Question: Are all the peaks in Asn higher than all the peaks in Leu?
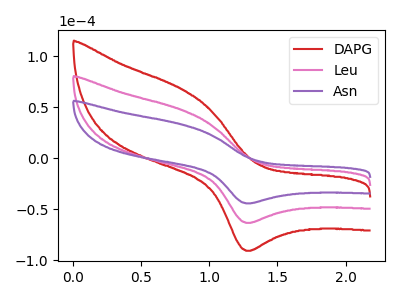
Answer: <think>The red curve "DAPG" has an anodic peak at (0.80V, 93.75uA) and a cathodic peak at (1.30V, -126.95uA). The pink curve "Leu" has an anodic peak at (0.80V, 46.85uA) and a cathodic peak at (1.30V, -63.45uA). The purple curve "Asn" has an anodic peak at (0.80V, 32.75uA) and a cathodic peak at (1.30V, -44.35uA).</think>
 <answer>Every peak in "Asn" is lower than every peak in "Leu".</answer>
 <eval>lower</eval>